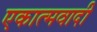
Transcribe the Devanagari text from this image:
एकात्मवादी